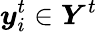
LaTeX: \boldsymbol{y}_{i}^{t}\in\boldsymbol{Y}^{t}